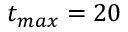
t _ { m a x } = 2 0